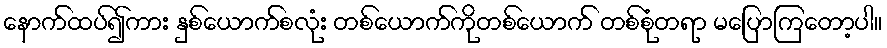
နောက်ထပ်၍ကား နှစ်ယောက်စလုံး တစ်ယောက်ကိုတစ်ယောက် တစ်စုံတရာ မပြောကြတော့ပါ။